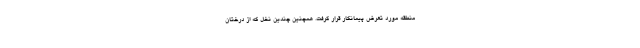
منطقه مورد تعرضِ پیمانکار قرار گرفت. همچنین چندین نخل که از درختان